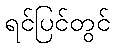
ရင်ပြင်တွင်